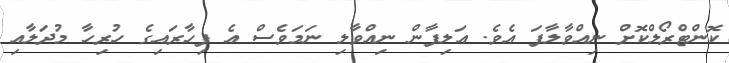
ކޮންޓްރޯލްކޮށް ނިއްވާލާފަ އެވެ. އަލިފާން ނިއްވާލި ނަމަވެސް އެ ފިހާރައިގެ ހުރިހާ މުދަލާއި